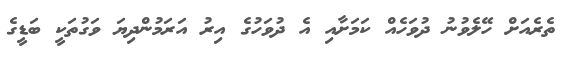
ތެރެއަށް ހޭލެވުނު ދުވަހެއް ކަމަށާއި އެ ދުވަހުގެ އިރު އަރަމުންދިޔަ ވަގުތަކީ ބަޑީގެ